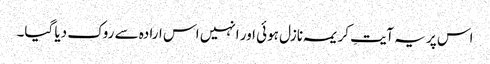
اس پر یہ آیتِ کریمہ نازل ہوئی اور انہیں اس ارادہ سے روک دیا گیا۔